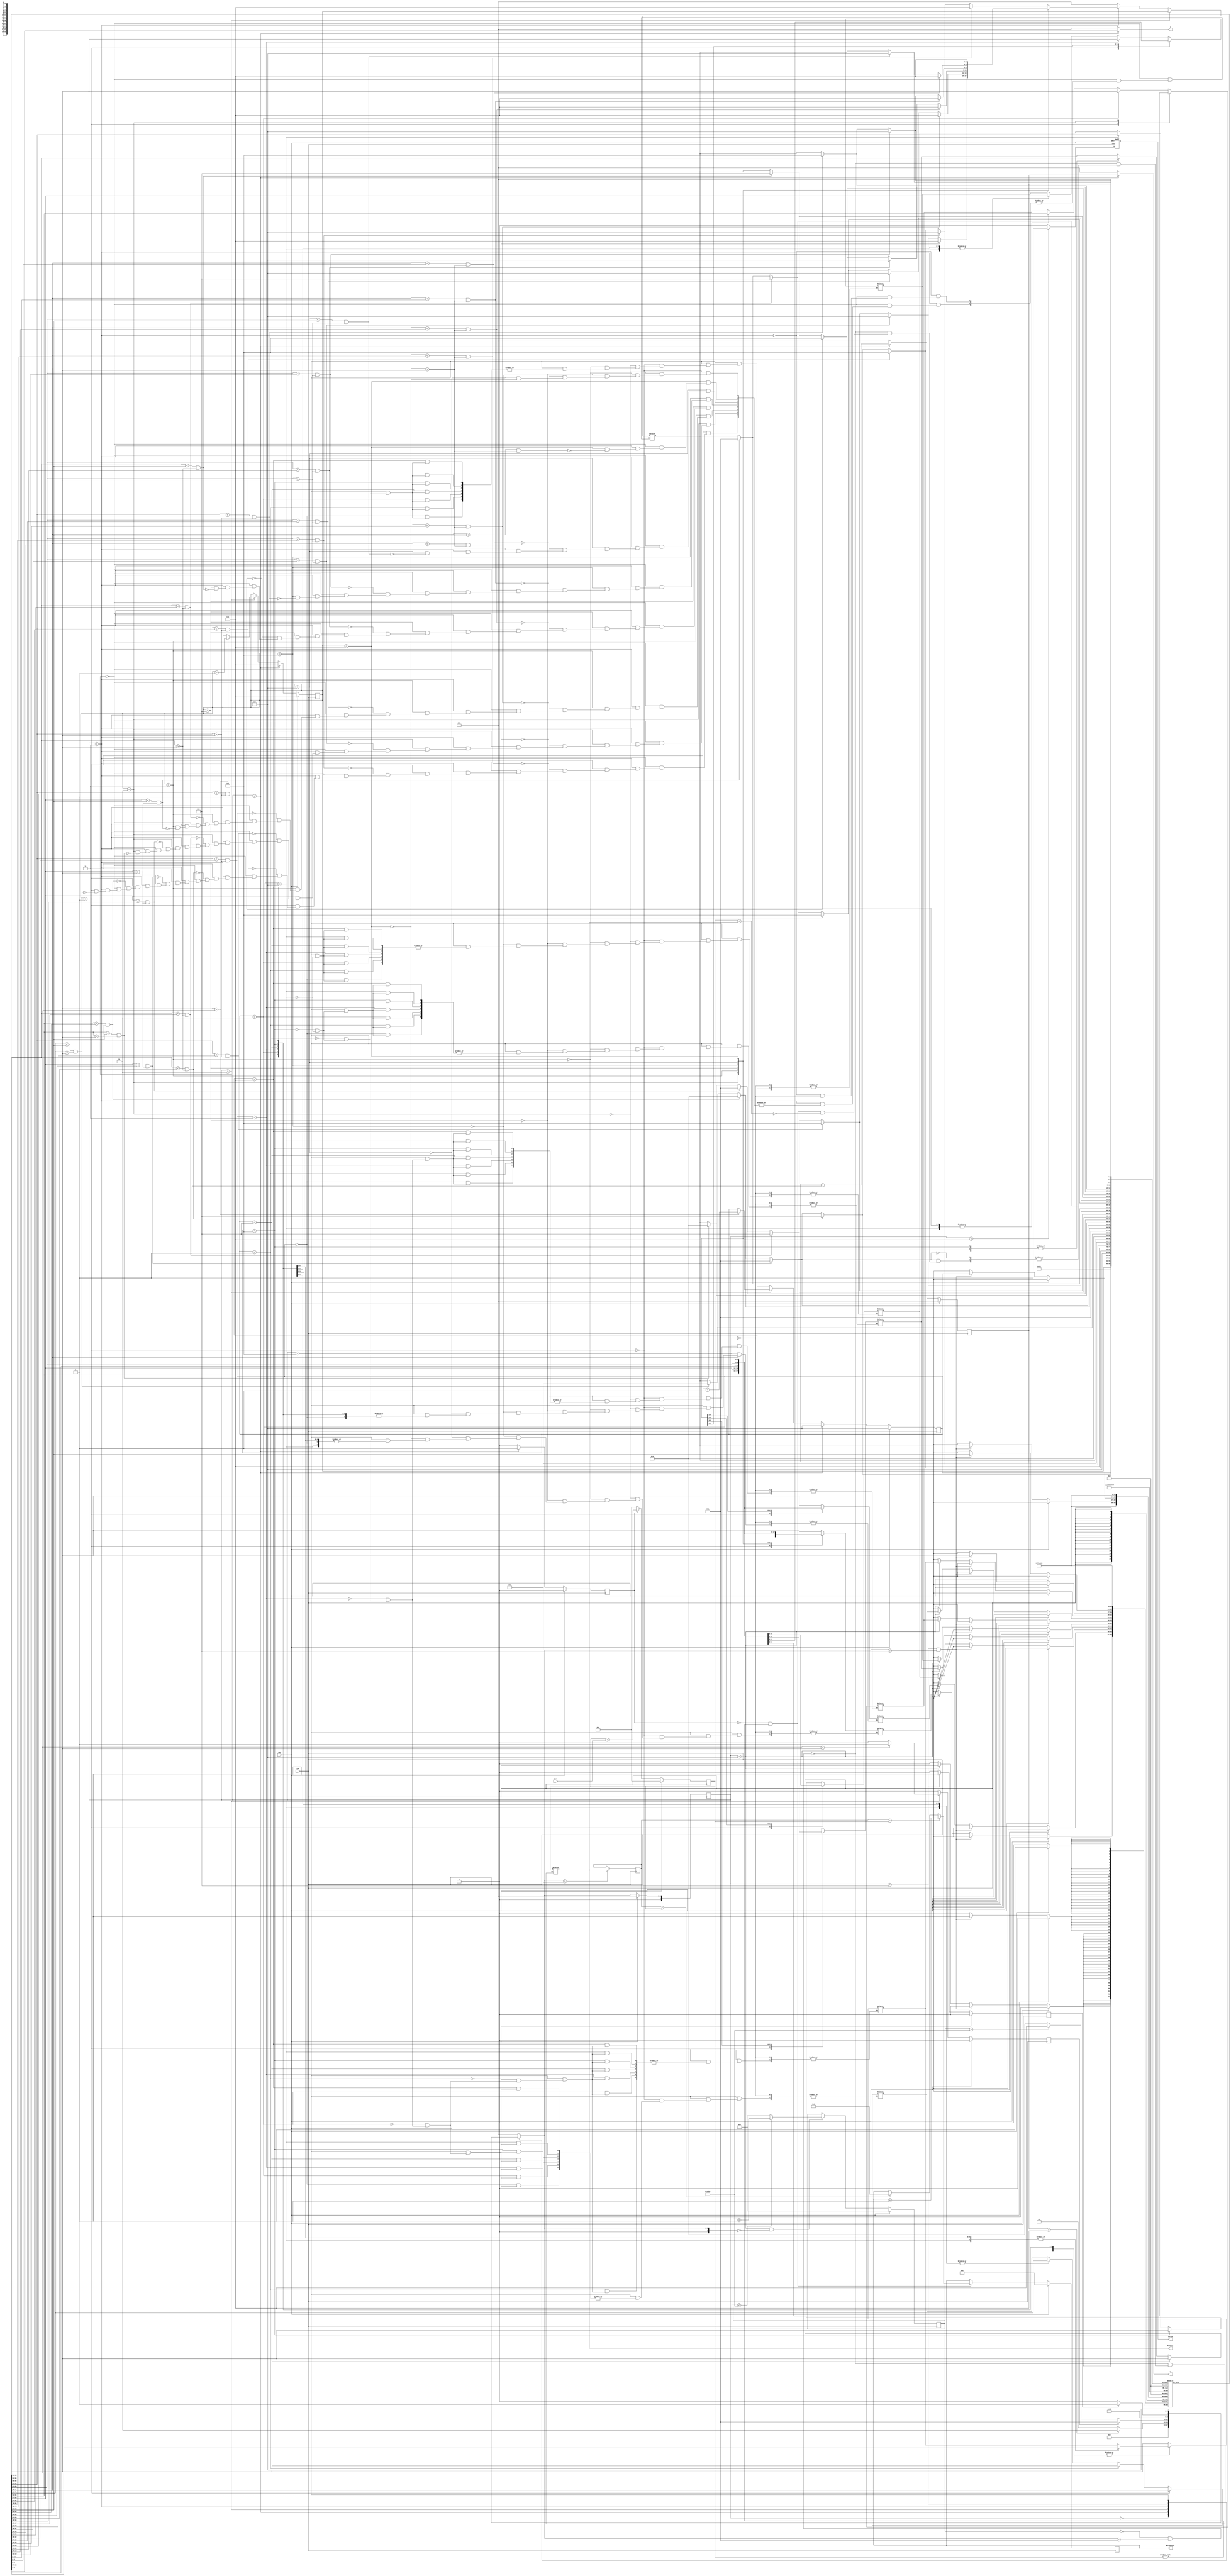
module JAM (
input CLK,
input RST,
output reg [2:0] W, //row
output reg [2:0] J, //column
input [6:0] Cost,
output reg [3:0] MatchCount,
output reg [9:0] MinCost,
output reg Valid );

reg compare1_done, exchange_done, cost_en;
reg [2:0] cnt , exchange_point2, a, b;
reg [3:0] cs, ns, i , k; 
reg [2:0] s [0:7]; //series
reg [2:0] r_s [0:7]; // series after reverse
reg [9:0] work_cost;
reg [9:0] temp; // save the previous MinCost
reg [15:0] combinations;

parameter idle = 4'd0;
parameter compute = 4'd1; // compute work cost
parameter compare1 = 4'd2; // find the exchange point
parameter compare2 = 4'd3; // find the mim num to the right side of exchange point
parameter exchange = 4'd4; // exchange num
parameter reverse = 4'd5; // reverse the series
parameter backup = 4'd6;
parameter done = 4'd7;

always @(posedge CLK)begin // current state
    if(RST) cs <= idle;
    else cs <= ns;
end

always @(*) begin // next state
    case(cs)
    idle: ns = compute;

    compute: begin
        if(cnt == 7) ns = compare1;
        else ns = compute;
    end

    compare1: begin
        if(compare1_done) ns = compare2;
        else if(combinations == 40320) ns = done;
        else ns = compare1;
    end

    compare2: ns = exchange;

    exchange: begin
        if(exchange_done) ns = reverse;
        else ns = exchange;
    end
    reverse: ns = backup;

    backup: ns = idle;

    done: ns = idle;

    default: ns = idle;

    endcase
end

always @(*) begin
    if(cs == compute) begin
        W = cnt;
        J = s[cnt];
    end

    else begin
        W = 0;
        J = 0;
    end
end

always @(posedge CLK) begin
    if(RST) work_cost <= 0;
    else if(cost_en) work_cost <= work_cost + Cost;
    else work_cost <= 0;
end

always@(*)begin
    if((combinations == 0) && (ns == compare2)) MinCost = work_cost;
	else if( cost_en == 0 && work_cost != 0)begin
        if(work_cost < MinCost) MinCost = work_cost;
        else;
	end
	else;	
end

always @(posedge CLK) begin
    if(ns == compute) temp <= MinCost;
    else;
end

always@(posedge CLK)begin
	if(RST) MatchCount <= 0;
	else if(cost_en == 0 && work_cost != 0)begin
		if(temp == work_cost) MatchCount <= MatchCount + 1;
		else if(temp > work_cost) MatchCount <= 1;
        else;
	end
	else;		
end

always @(posedge CLK) begin // "a" is the exchange point
    if(RST)begin
        a <= 6;
        b <= 7;
    end
    else if(cs == compute)begin // start from the right side
        a <= 6; 
        b <= 7; 
    end
    else if(cs == compare1)begin
        if(s[a] > s[b]) begin
            a <= a - 1;
            b <= b - 1;
        end
        else;
    end
    else;
end

always @(*) begin // the position which exchange with the exchange point
    if(cs == compare1) exchange_point2 = b;
    else if(cs == compare2)begin
        case(b)
        1:  for(i=1;i<8;i=i+1)begin
                if((s[i] < s[exchange_point2] ) && (s[i] > s[a])) exchange_point2 = i;
                else;
            end

        2:  for(i=2;i<8;i=i+1)begin
                if((s[i] < s[exchange_point2] ) && (s[i] > s[a])) exchange_point2 = i;
                else;
            end

        3:  for(i=3;i<8;i=i+1)begin
                if((s[i] < s[exchange_point2] ) && (s[i] > s[a])) exchange_point2 = i;
                else;
            end

        4:  for(i=4;i<8;i=i+1)begin
                if((s[i] < s[exchange_point2] ) && (s[i] > s[a])) exchange_point2 = i;
                else;
            end

        5:  for(i=5;i<8;i=i+1)begin
                if((s[i] < s[exchange_point2] ) && (s[i] > s[a])) exchange_point2 = i;
                else;
            end

        6:  for(i=6;i<8;i=i+1)begin
                if((s[i] < s[exchange_point2] ) && (s[i] > s[a])) exchange_point2 = i;
                else;
            end

        7:  if((s[7] < s[exchange_point2] ) && (s[7] > s[a])) exchange_point2 = 7;
            else;
        default: ;
        endcase
    end
    else if(cs == reverse) exchange_point2 = 0;
    else;
end

always @(posedge CLK) begin
    if(RST) cnt <= 0;
    else if(cs == compute) cnt <= cnt + 1;
    else cnt <= 0;
end

always @(posedge CLK) begin
    if(RST) combinations <= 0;
    else if(cs == backup && ns == idle)begin
        if(combinations < 40320) combinations <= combinations + 1; // all combinations are 8! = 40320
        else combinations <= 0;
    end    
    else; 
end

always @(posedge CLK) begin
    if(RST) begin
        for(i=0;i<8;i=i+1) s[i] <= i; // first series [0,1,2,3,4,5,6,7]
    end
    else if(cs == exchange && ns == exchange)begin
        s[a] <= s[exchange_point2];
        s[exchange_point2] <= s[a];
    end
    else if(cs == backup) begin
        for(i=0;i<8;i=i+1) s[i] <= r_s[i];
    end
    else;
end

always @(*) begin 
    if(cs == reverse) begin
        case(a)
        1: r_s[0] = s[0];
        2: for(i=0;i<2;i=i+1) r_s[i] = s[i];
        3: for(i=0;i<3;i=i+1) r_s[i] = s[i];
        4: for(i=0;i<4;i=i+1) r_s[i] = s[i];
        5: for(i=0;i<5;i=i+1) r_s[i] = s[i];
        6: for(i=0;i<6;i=i+1) r_s[i] = s[i];
        default: ;
        endcase
        
        r_s[a] = s[a];

        case(b)
        1: for(k=1;k<8;k=k+1) r_s[k] = s[7+1-k];
        2: for(k=2;k<8;k=k+1) r_s[k] = s[7+2-k];
        3: for(k=3;k<8;k=k+1) r_s[k] = s[7+3-k];
        4: for(k=4;k<8;k=k+1) r_s[k] = s[7+4-k];
        5: for(k=5;k<8;k=k+1) r_s[k] = s[7+5-k];
        6: for(k=6;k<8;k=k+1) r_s[k] = s[7+6-k];
        7: r_s[7] = s[7];
        default: ;
        endcase        
    end
    else;
end

always@(posedge CLK)begin
    if(RST) compare1_done <= 0;

    else if(cs == compare1)begin
        if(s[b] > s[a]) compare1_done <= 1;
        else compare1_done <= 0;
    end

    else
        compare1_done <= 0;  
end

always @(posedge CLK) begin
    if(RST) exchange_done <= 0;
    else if(cs == exchange) exchange_done <= 1;
    else exchange_done <= 0;
end

always @(posedge CLK) begin
    if(RST) cost_en <= 0;
    else if(cs == compute) begin
        cost_en <= 1;
    end
    else cost_en <= 0;
end

always@(posedge CLK, posedge RST)begin
    if(RST) Valid <= 0;
    else if(cs == done) Valid <= 1;
    else Valid <= 0;
end
endmodule